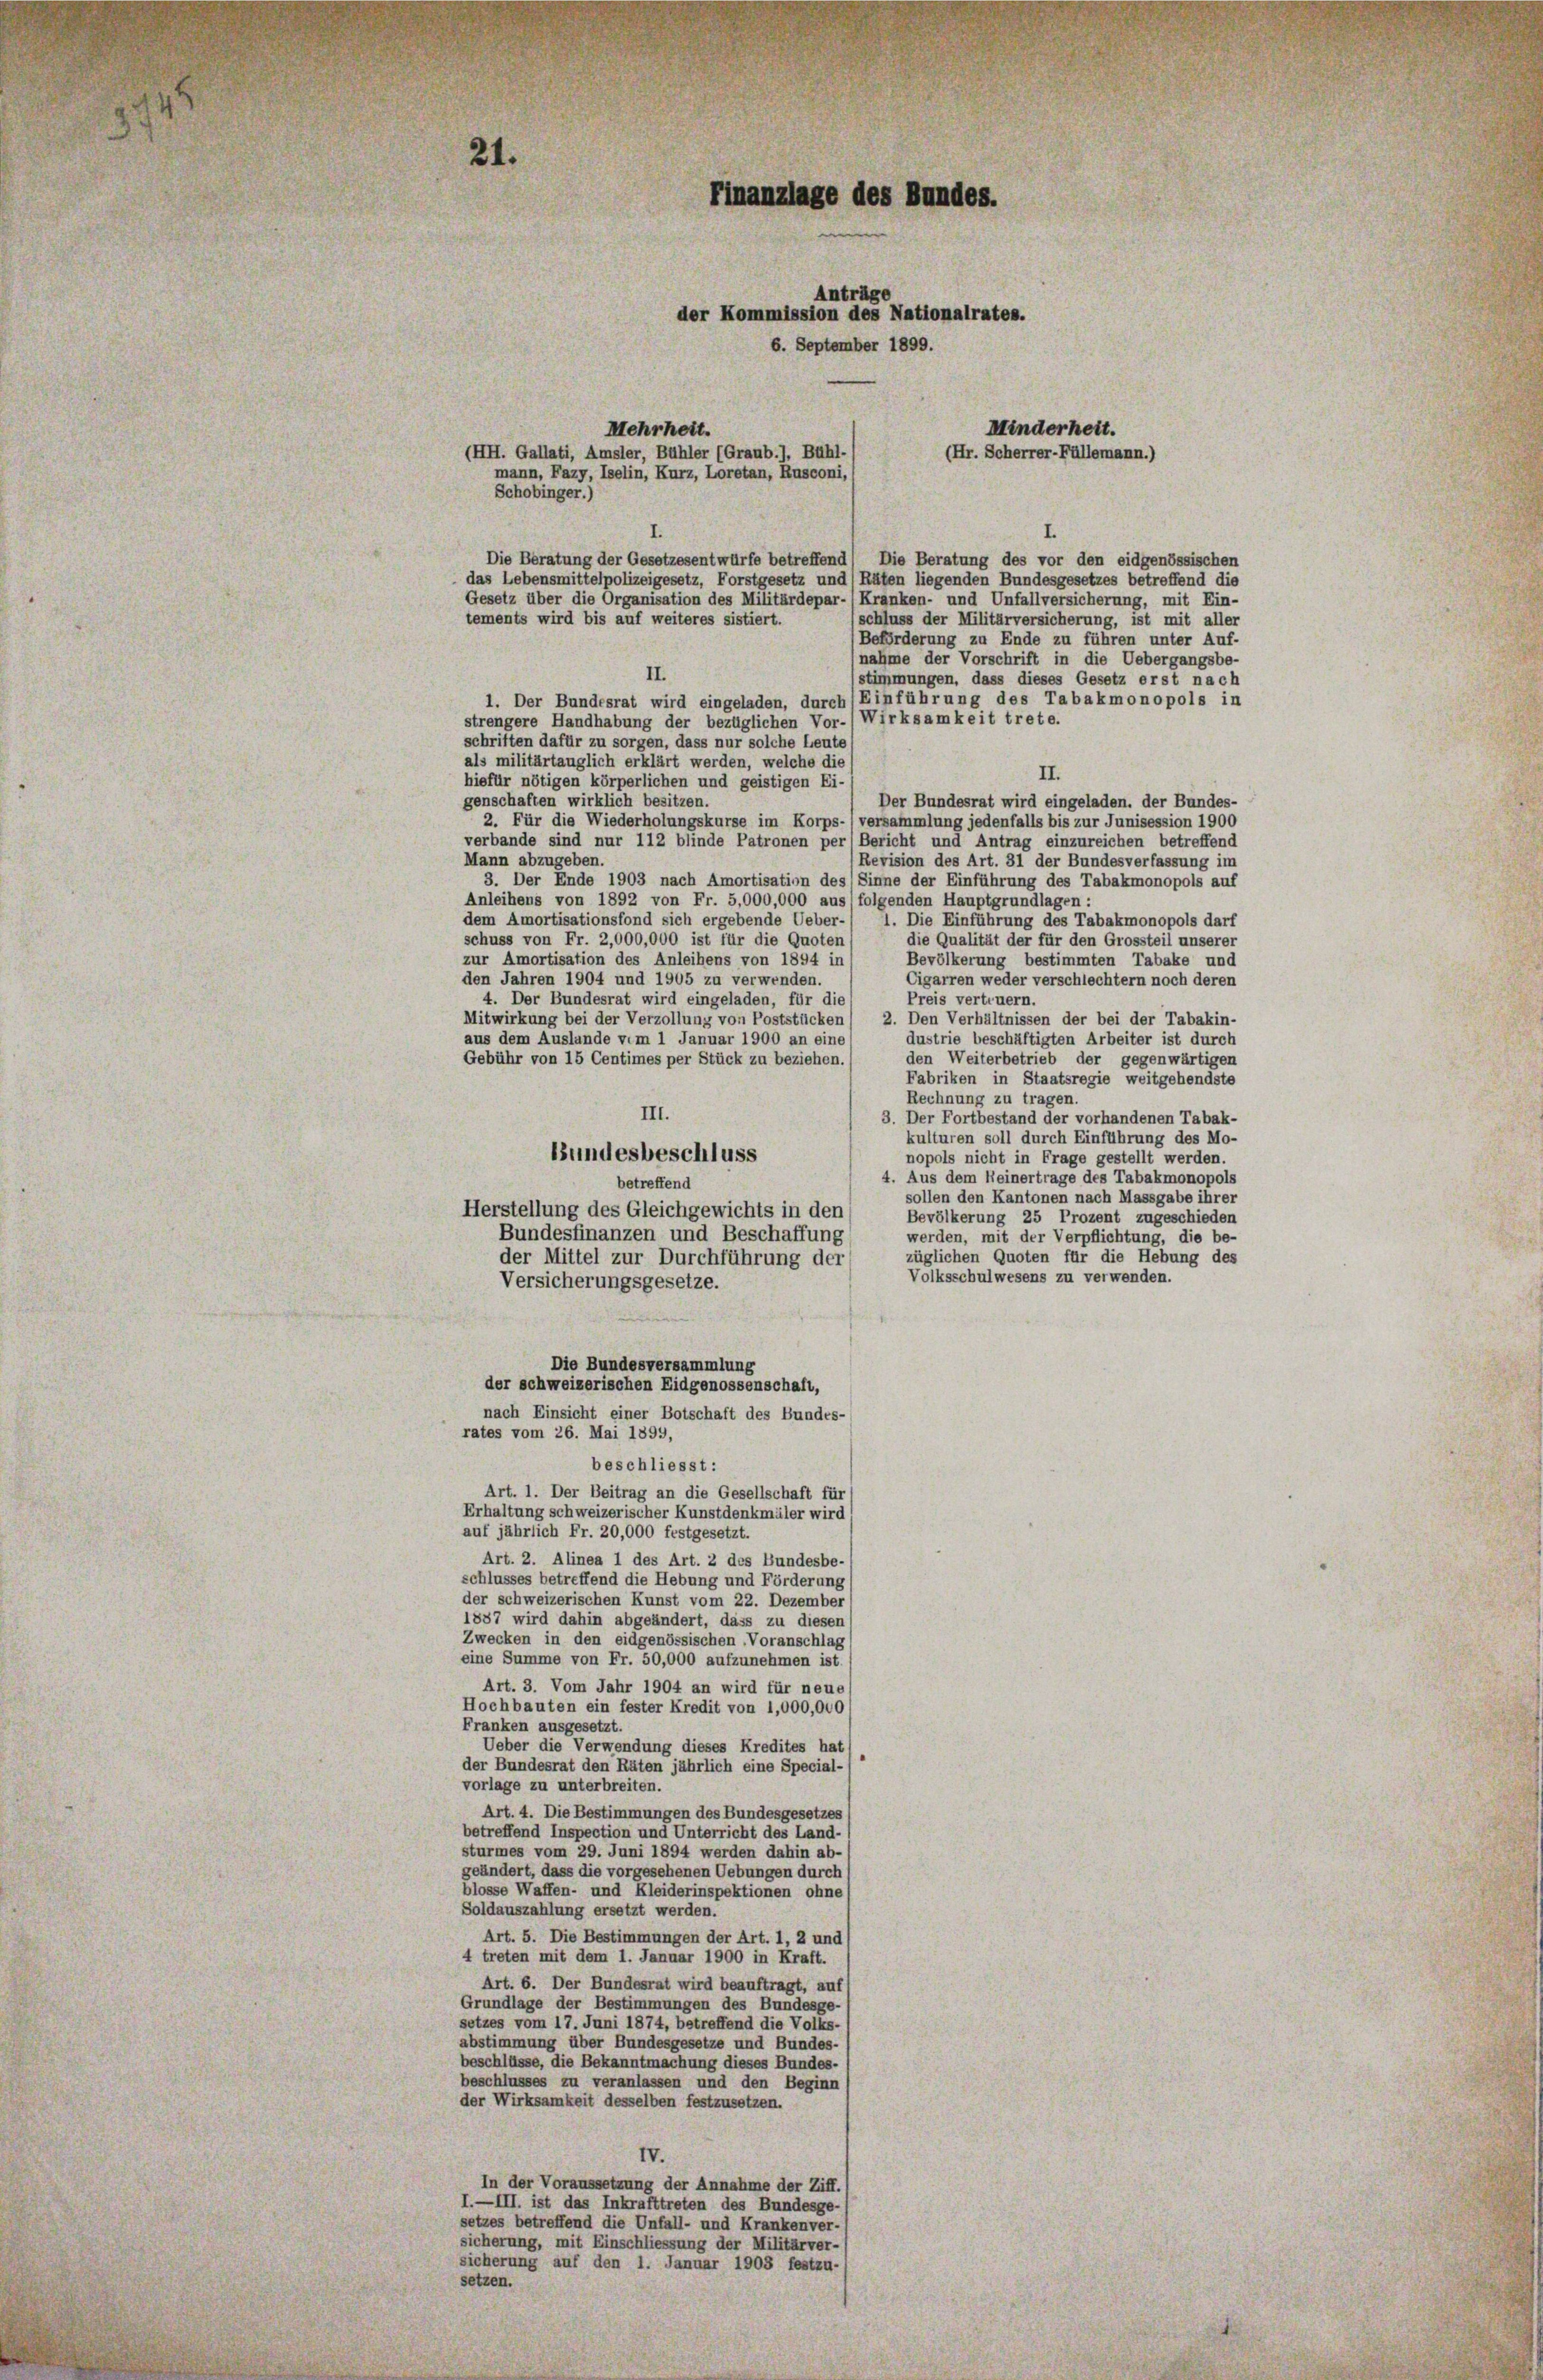
21.

Finanzlage des Bundes.
Anträge
der Kommission des Nationalrates.
6. September 1899.
Mehrheit.
Minderheit.

Schobinger.)
Die Beratung der Gesetzesentwürfe betreffend) Die Beratung des vor den eidgenössischen
das Lebensmittelpolizeigesetz, Forstgesetz und /Räten liegenden Bundesgesetzes betreffend die
Gesetz über die Organisation des Militärdepar-Kranken- und Unfallversicherung, mit Ein-
(schluss der Militärversicherung, ist mit aller
Beförderung zu Ende zu führen unter Auf-
nahme der Vorschrift in die Uebergangsbe-
II.
stimmungen, dass dieses Gesetz erst nach
1. Der Bundesrat wird eingeladen, durch (Einführung des Tabakmonopols in
strengere Handhabung der bezüglichen Vor-) Wirksamkeit trete.
schriften dafür zu sorgen, dass nur solche Leute
als militärtänglich erklärt werden, welche die
II.
hiefür nötigen körperlichen und geistigen Ei-
genschaften wirklich besitzen.
Der Bundesrat wird eingeladen, der Bundes-
2. Für die Wiederholungskurse im Korps-) versammlung jedenfalls bis zur Junisession 1900
verbande sind nur 112 blinde Patronen per Bericht und Antrag einzureichen betreffend
Mann abzugeben.
Revision des Art. 31 der Bundesverfassung im
3. Der Ende 1903 nach Amortisation des Sinne der Einführung des Tabakmonopols auf
Anleihens von 1892 von Fr. 5,000,000 aus (folgenden Hauptgrundlagen:
dem Amortisationsfond sich ergebende Ueber-/ 1. Die Einführung des Tabakmonopols darf
schuss von Fr. 2,000,000 ist für die Quoten
die Qualität der für den Grossteil unserer
zur Amortisation des Anleihens von 1894 in
Bevölkerung bestimmten Tabake und
den Jahren 1904 und 1905 zu verwenden.
Cigarren weder verschlechtern noch deren
4. Der Bundesrat wird eingeladen, für die
Preis vertruern.
Mitwirkung bei der Verzollung von Poststücken / 2. Den Verhältnissen der bei der Tabakin-
aus dem Auslande vom 1 Januar 1900 an eine
dustrie beschäftigten Arbeiter ist durch
den Weiterbetrieb der gegenwärtigen
Gebühr von 15 Centimes per Stück zu beziehen.
Fabriken in Staatsregie weitgehendste
Rechnung zu tragen.
III.
3. Der Fortbestand der vorhandenen Tabak-
kulturen soll durch Einführung des Mo-
Bundesbeschluss
nopols nicht in Frage gestellt werden.
4. Aus dem Keinertrage des Tabakmonopols
betreffend
sollen den Kantonen nach Massgabe ihrer
Herstellung des Gleichgewichts in den
Bevölkerung 25 Prozent zugeschieden
Bundesfinanzen und Beschaffung
werden, mit der Verpflichtung, die be-
züglichen Quoten für die Hebung des
der Mittel zur Durchführung der
Volksschulwesens zu verwenden.
Versicherungsgesetze.
Die Bundesversammlung
der schweizerischen Eidgenossenschaft,
nach Einsicht einer Botschaft des Bundes-
rates vom 26. Mai 1899,
beschliesst:
Art. 1. Der Beitrag an die Gesellschaft für
Erhaltung schweizerischer Kunstdenkmäler wird
auf jährlich Fr. 20,000 festgesetzt.
Art. 2. Alinea 1 des Art. 2 des Bundesbe-
schlusses betreffend die Hebung und Förderung
der schweizerischen Kunst vom 22. Dezember
1887 wird dahin abgeändert, dass zu diesen
Zwecken in den eidgenössischen Voranschlag
eine Summe von Fr. 50,000 aufzunehmen ist.
Art. 3. Vom Jahr 1904 an wird für neue
Hochbauten ein fester Kredit von 1,000,000
Franken ausgesetzt.
Ueber die Verwendung dieses Kredites hat
der Bundesrat den Räten jährlich eine Special-
vorlage zu unterbreiten.
Art. 4. Die Bestimmungen des Bundesgesetzes
betreffend Inspection und Unterricht des Land-
sturmes vom 29. Juni 1894 werden dahin ab-
geändert, dass die vorgesehenen Uebungen durch s
blosse Waffen- und Kleiderinspektionen ohne
Soldauszahlung ersetzt werden.
Art. 5. Die Bestimmungen der Art. 1, 2 und
4 treten mit dem 1. Januar 1900 in Kraft.
Art. 6. Der Bundesrat wird beauftragt, auf
Grundlage der Bestimmungen des Bundesge-
setzes vom 17. Juni 1874, betreffend die Volks-
abstimmung über Bundesgesetze und Bundes-
beschlüsse, die Bekanntmachung dieses Bundes-
beschlusses zu veranlassen und den Beginn
der Wirksamkeit desselben festzusetzen.
IV.
In der Voraussetzung der Annahme der Ziff.
I.—III. ist das Inkrafttreten des Bundesge-
setzes betreffend die Unfall- und Krankenver-
sicherung, mit Einschliessung der Militärver-
sicherung auf den 1. Januar 1903 festzu-
setzen.

(HH. Gallati, Amsler, Bühler (Graub.), Bühl-
(Hr. Scherrer-Füllemann.)
mann, Fazy, Iselin, Kurz, Loretan, Rusconi,

tements wird bis auf weiteres sistiert.